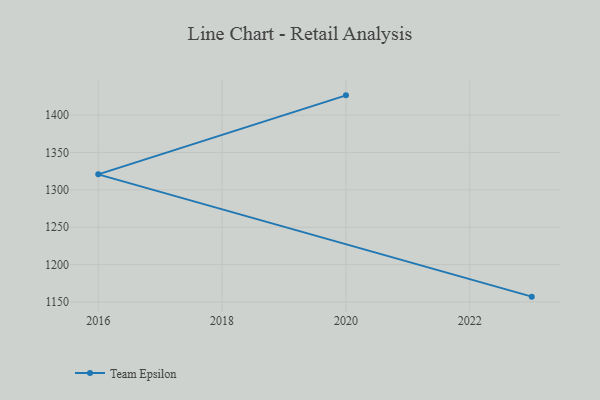
{"axis": {"x": "Year", "y": "Population (Million)"}, "legend": ["Team Epsilon"], "data": [{"x": "2023", "y": 1157.1, "type": "Team Epsilon"}, {"x": "2016", "y": 1320.7, "type": "Team Epsilon"}, {"x": "2020", "y": 1426.4, "type": "Team Epsilon"}]}